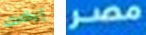
إيذاءك مصر